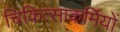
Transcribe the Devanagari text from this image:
चिकित्साकर्मियों